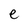
Character: e